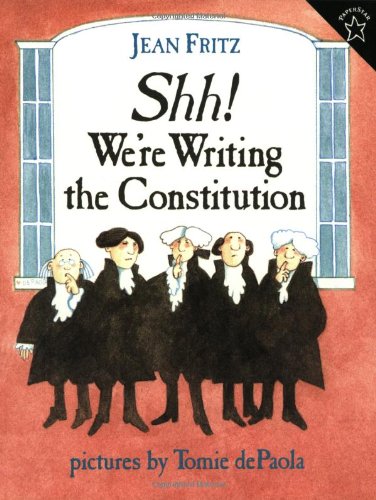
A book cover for Shh! We're Writing the Constitution; Jean Fritz; Children's Books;